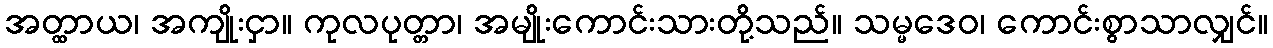
အတ္ထာယ၊ အကျိုးငှာ။ ကုလပုတ္တာ၊ အမျိုးကောင်းသားတို့သည်။ သမ္မဒေဝ၊ ကောင်းစွာသာလျှင်။